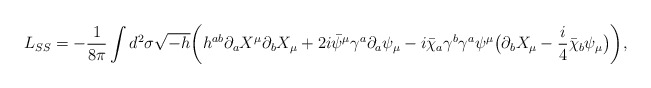
\begin{align*}L_{SS}=-{1\over 8\pi}\int d^2 \sigma\sqrt{-h} \bigg(h^{ab}\partial_aX^\mu\partial_bX_\mu +2i \bar{\psi}^{\mu}\gamma^{a}\partial_{a}\psi_{\mu} -i \bar{\chi}_a\gamma^b\gamma^a\psi^{\mu}\big(\partial_bX_\mu-{i\over 4}\bar{\chi}_b\psi_\mu \big)\bigg),\end{align*}